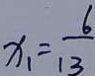
x _ { 1 } = \frac { 6 } { 1 3 }